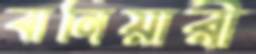
বানিয়ারী